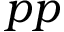
p p